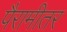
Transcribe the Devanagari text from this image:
पैरामीतर